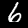
Digit: 6